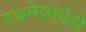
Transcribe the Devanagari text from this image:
एकमेकांचेही